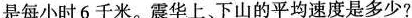
是每小时6千米。震华上、下山的平均速度是多少?